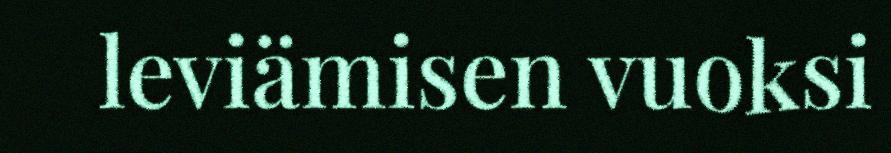
leviämisen vuoksi